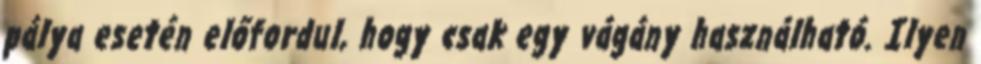
pálya esetén előfordul, hogy csak egy vágány használható. Ilyen